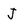
Character: J